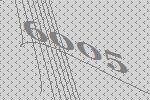
6005